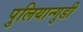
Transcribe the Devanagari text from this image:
पुलियान्गुडी